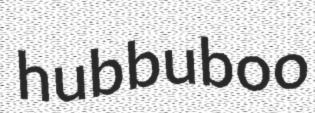
hubbuboo